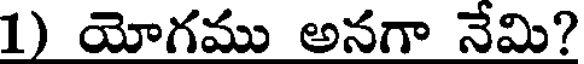
1) యోగము అనగా నేమి?